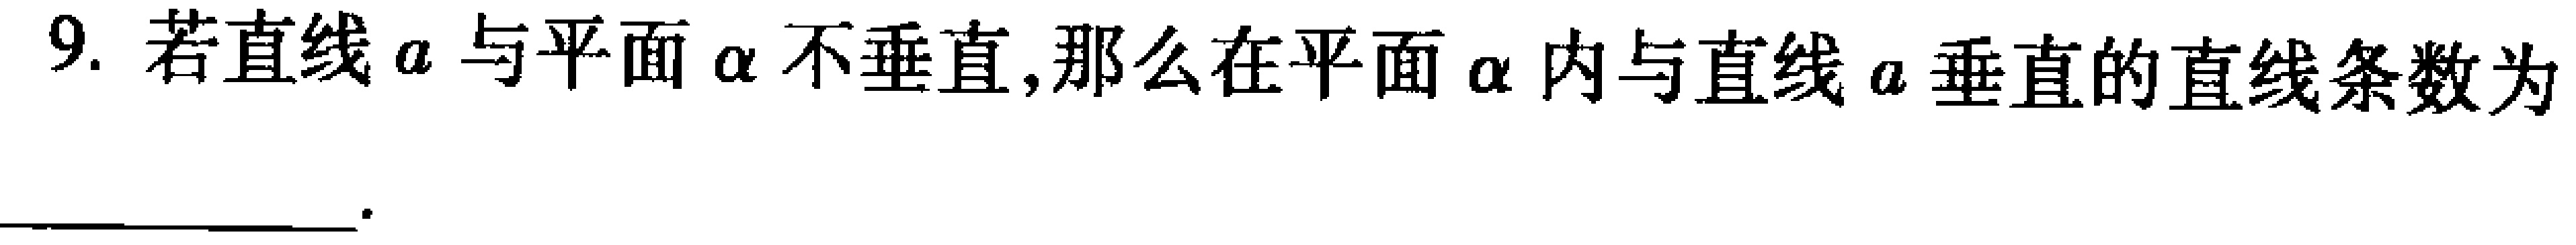
9. 若直线\(a\)与平面\(\alpha\)不垂直,那么在平面\(\alpha\)内与直线\(a\)垂直的直线条数为_________________.